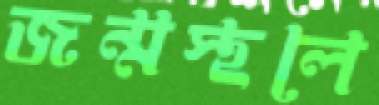
জন্মস্থলে